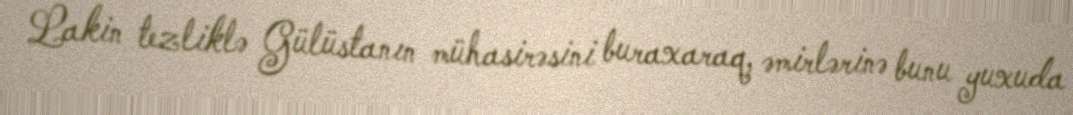
Lakin tezliklə Gülüstanın mühasirəsini buraxaraq, əmirlərinə bunu yuxuda